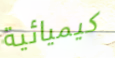
كيميائية